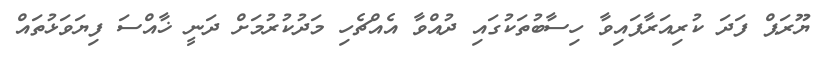
ޔޫރަޕް ފަދަ ކުރިއަރާފައިވާ ހިސާބުތަކުގައި ދުއްވާ އެއްޗެހި މަދުކުރުމަށް ދަނީ ޚާއްސަ ފިޔަވަޅުތައް